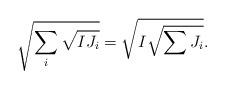
LaTeX: \begin{align*}\sqrt{\sum_i \sqrt{IJ_i}}=\sqrt{I\sqrt{\sum J_i}}.\end{align*}